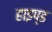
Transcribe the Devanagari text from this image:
हाइप्ड